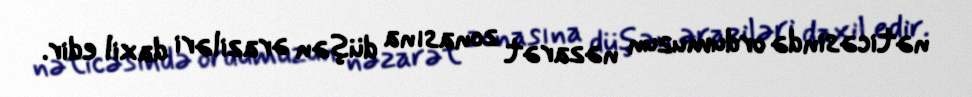
nəticəsində ordumuzun nəzarət zonasına düşən əraziləri daxil edir.